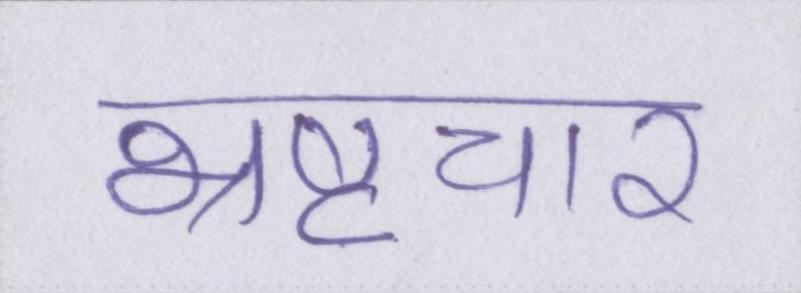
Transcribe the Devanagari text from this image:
भ्रष्टचार